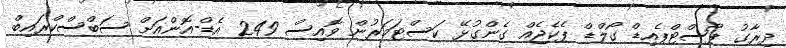
ދިރާގު ޕޯސްޓްޕެއިޑް ގޯލްޑް ޕެކެޖެއް ގެންގުޅޭ ކަސްޓަމަރުން ވޮއިސް 249 އެޑް-އޮންއަށް ސަބްސްކްރައިބް